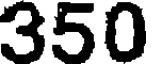
350